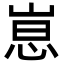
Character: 𫶃